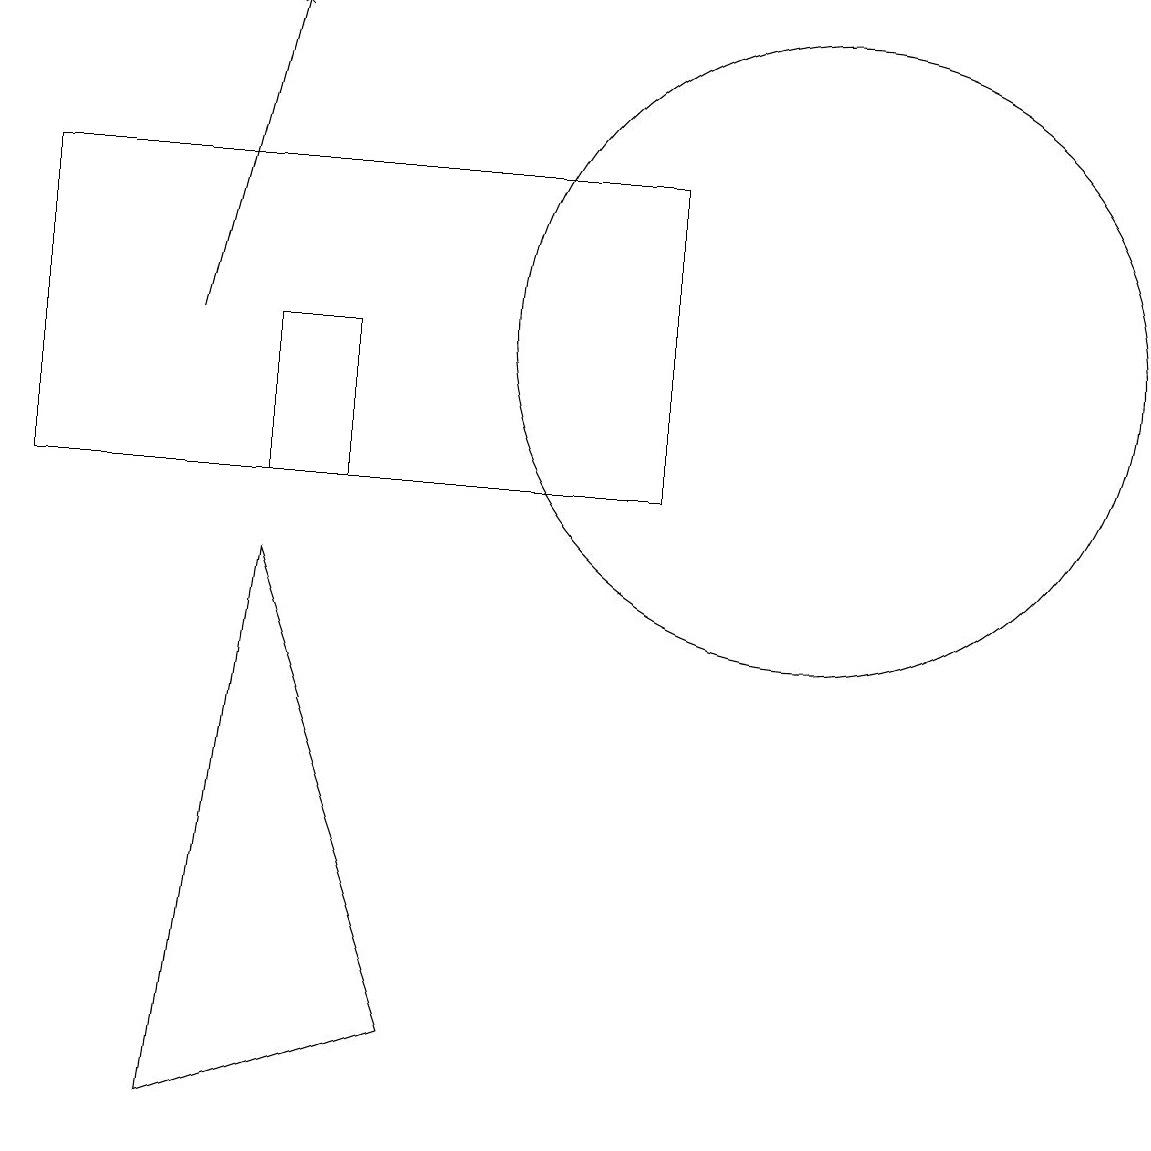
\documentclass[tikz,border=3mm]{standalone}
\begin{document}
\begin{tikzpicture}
\draw (4,10) rectangle (3,12);
\draw (5,3) -- (3,9) -- (2,2) -- cycle;
\draw (10,12) circle (4);
\draw (0,10) rectangle (8,14);
\draw[->] (2,12) -- (3,16);
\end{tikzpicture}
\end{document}